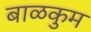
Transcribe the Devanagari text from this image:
बाळकुम